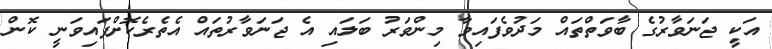
އަކީ ޖަނަވާރުގެ ބާވަތްތައް މަދުވެފައިވާ މިންވަރު ބަލައި އެ ޖަނަވާރުތައް އެތެރެކޮށްފައިވަނީ ކޮން